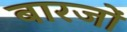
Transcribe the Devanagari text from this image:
बारजों